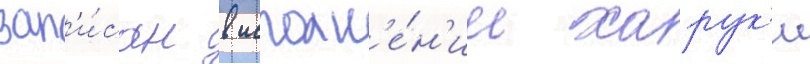
зап'и́сан в исполн'е́н'ии харук'и